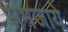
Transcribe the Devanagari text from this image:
समजाये